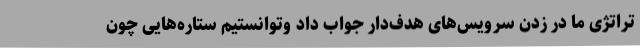
تراتژی ما در زدن سرویس‌های هدف‌دار جواب داد وتوانستیم ستاره‌هایی چون